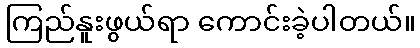
ကြည်နူးဖွယ်ရာ ကောင်းခဲ့ပါတယ်။